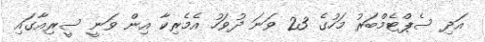
އަދި ސެޕްޓެމްބަރު މަހުގެ 23 ވަނަ ދުވަހު އެމެރިކާ އިން ވަނީ ސީރިއާގައި